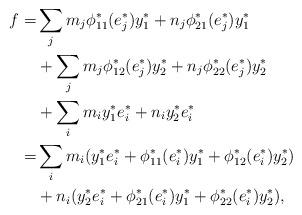
LaTeX: \begin{align*} f=&\sum_jm_j\phi_{11}^*(e_j^*)y_1^*+n_j\phi_{21}^*(e_j^*)y_1^*\\&+\sum_jm_j\phi_{12}^*(e_j^*)y_2^*+n_j\phi_{22}^*(e_j^*)y_2^*\\&+\sum_i m_i y_1^*e_i^* + n_i y_2^*e_i^*\\=&\sum_i m_i(y_1^*e_i^*+\phi_{11}^*(e_i^*)y_1^*+\phi_{12}^*(e_i^*)y_2^*)\\&+n_i(y_2^*e_i^*+\phi_{21}^*(e_i^*)y_1^*+\phi_{22}^*(e_i^*)y_2^*),\end{align*}